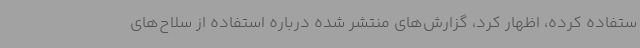
ستفاده کرده، اظهار کرد، گزارش‌های منتشر شده درباره استفاده از سلاح‌های